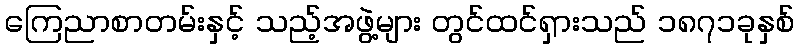
ကြေညာစာတမ်းနှင့် သည့်အဖွဲ့များ တွင်ထင်ရှားသည် ၁၈၇၁ခုနှစ်